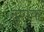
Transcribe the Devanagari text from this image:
दृणक